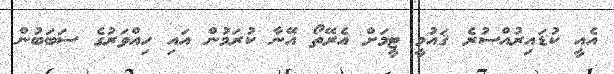
އެއީ ކުޑައިރުއްސުރެ ޤައުމީ ޓީމަށް އެރޭތޯ އޭނާ ކުރަމުން އައި ހިއްވަރުގެ ސަބަބުން